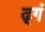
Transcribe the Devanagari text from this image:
ढ़्गं